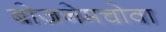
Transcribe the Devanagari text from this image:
बोज़नेमचोवा